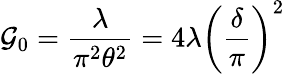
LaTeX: \mathcal{G}_{0}={\frac{{\lambda}}{{\pi^{2}\theta^{2}}}}=4\lambda\left(\frac{{\delta}}{{\pi}}\right)^{2}